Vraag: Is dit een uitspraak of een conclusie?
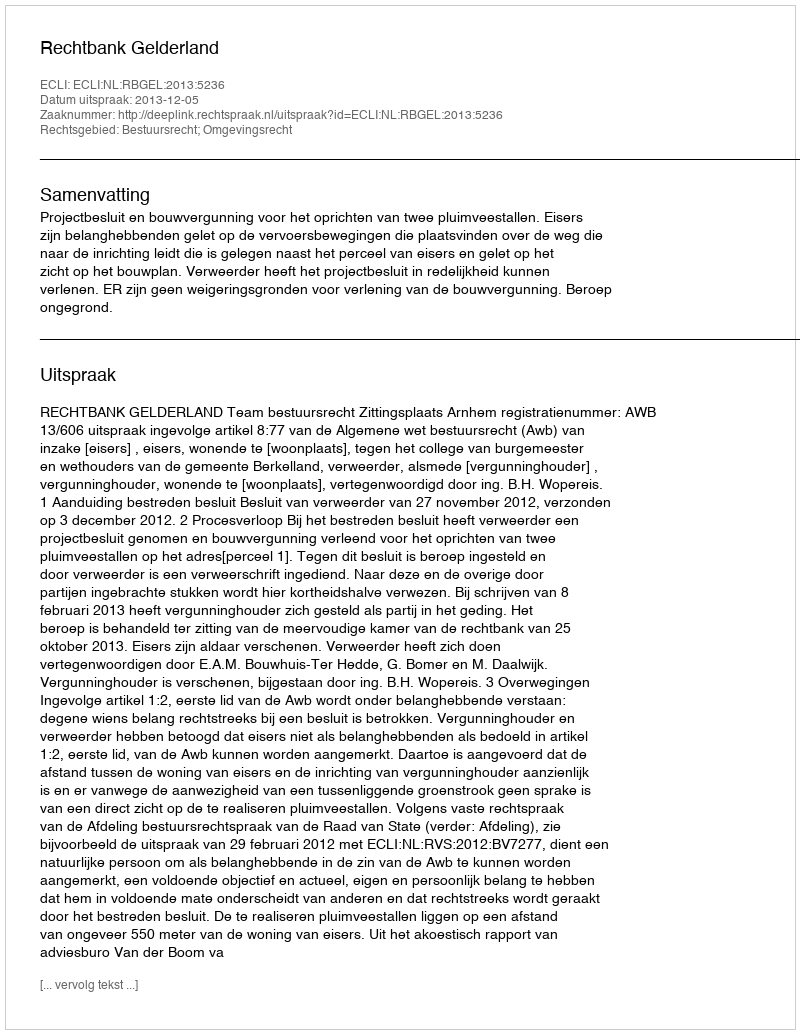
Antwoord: Uitspraak